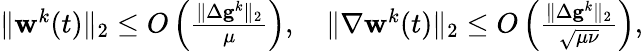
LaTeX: \begin{array}{r}{\| \mathbf{w}^{k}(t)\| _{2}\leq O\left(\frac{\| \Delta\mathbf{g}^{k}\| _{2}}{\mu}\right),\quad\| \nabla\mathbf{w}^{k}(t)\| _{2}\leq O\left(\frac{\| \Delta\mathbf{g}^{k}\| _{2}}{\sqrt{\mu\nu}}\right),}\end{array}